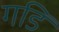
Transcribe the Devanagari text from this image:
गडि